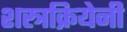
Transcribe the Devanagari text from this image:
शस्त्रक्रियेनी